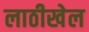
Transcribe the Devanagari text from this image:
लाठीखेल